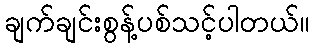
ချက်ချင်းစွန့်ပစ်သင့်ပါတယ်။